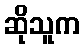
ဆိုသူက